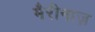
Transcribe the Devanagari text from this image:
मैरीनाज़